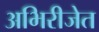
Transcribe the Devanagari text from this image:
अभिरीजेत